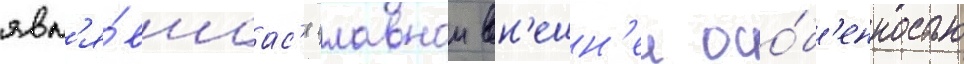
явл'я́вшаас'я главнои вн'ешн'еи осо́б'енностью